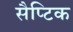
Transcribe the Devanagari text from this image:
सैप्टिक